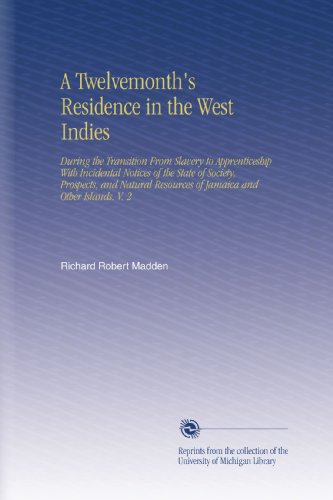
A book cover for A Twelvemonth's Residence in the West Indies: During the Transition From Slavery to Apprenticeship With Incidental Notices of the State of Society, ... Resources of Jamaica and Other Islands. V. 2; Richard Robert Madden; Travel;